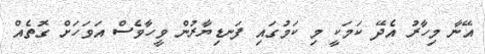
އޭނާ މިހާރު އެދޭ ކަމަކީ މި ކަމުގައި ފަނޑިޔާރުން ވީހާވެސް އަވަހަށް ގޮތެއް